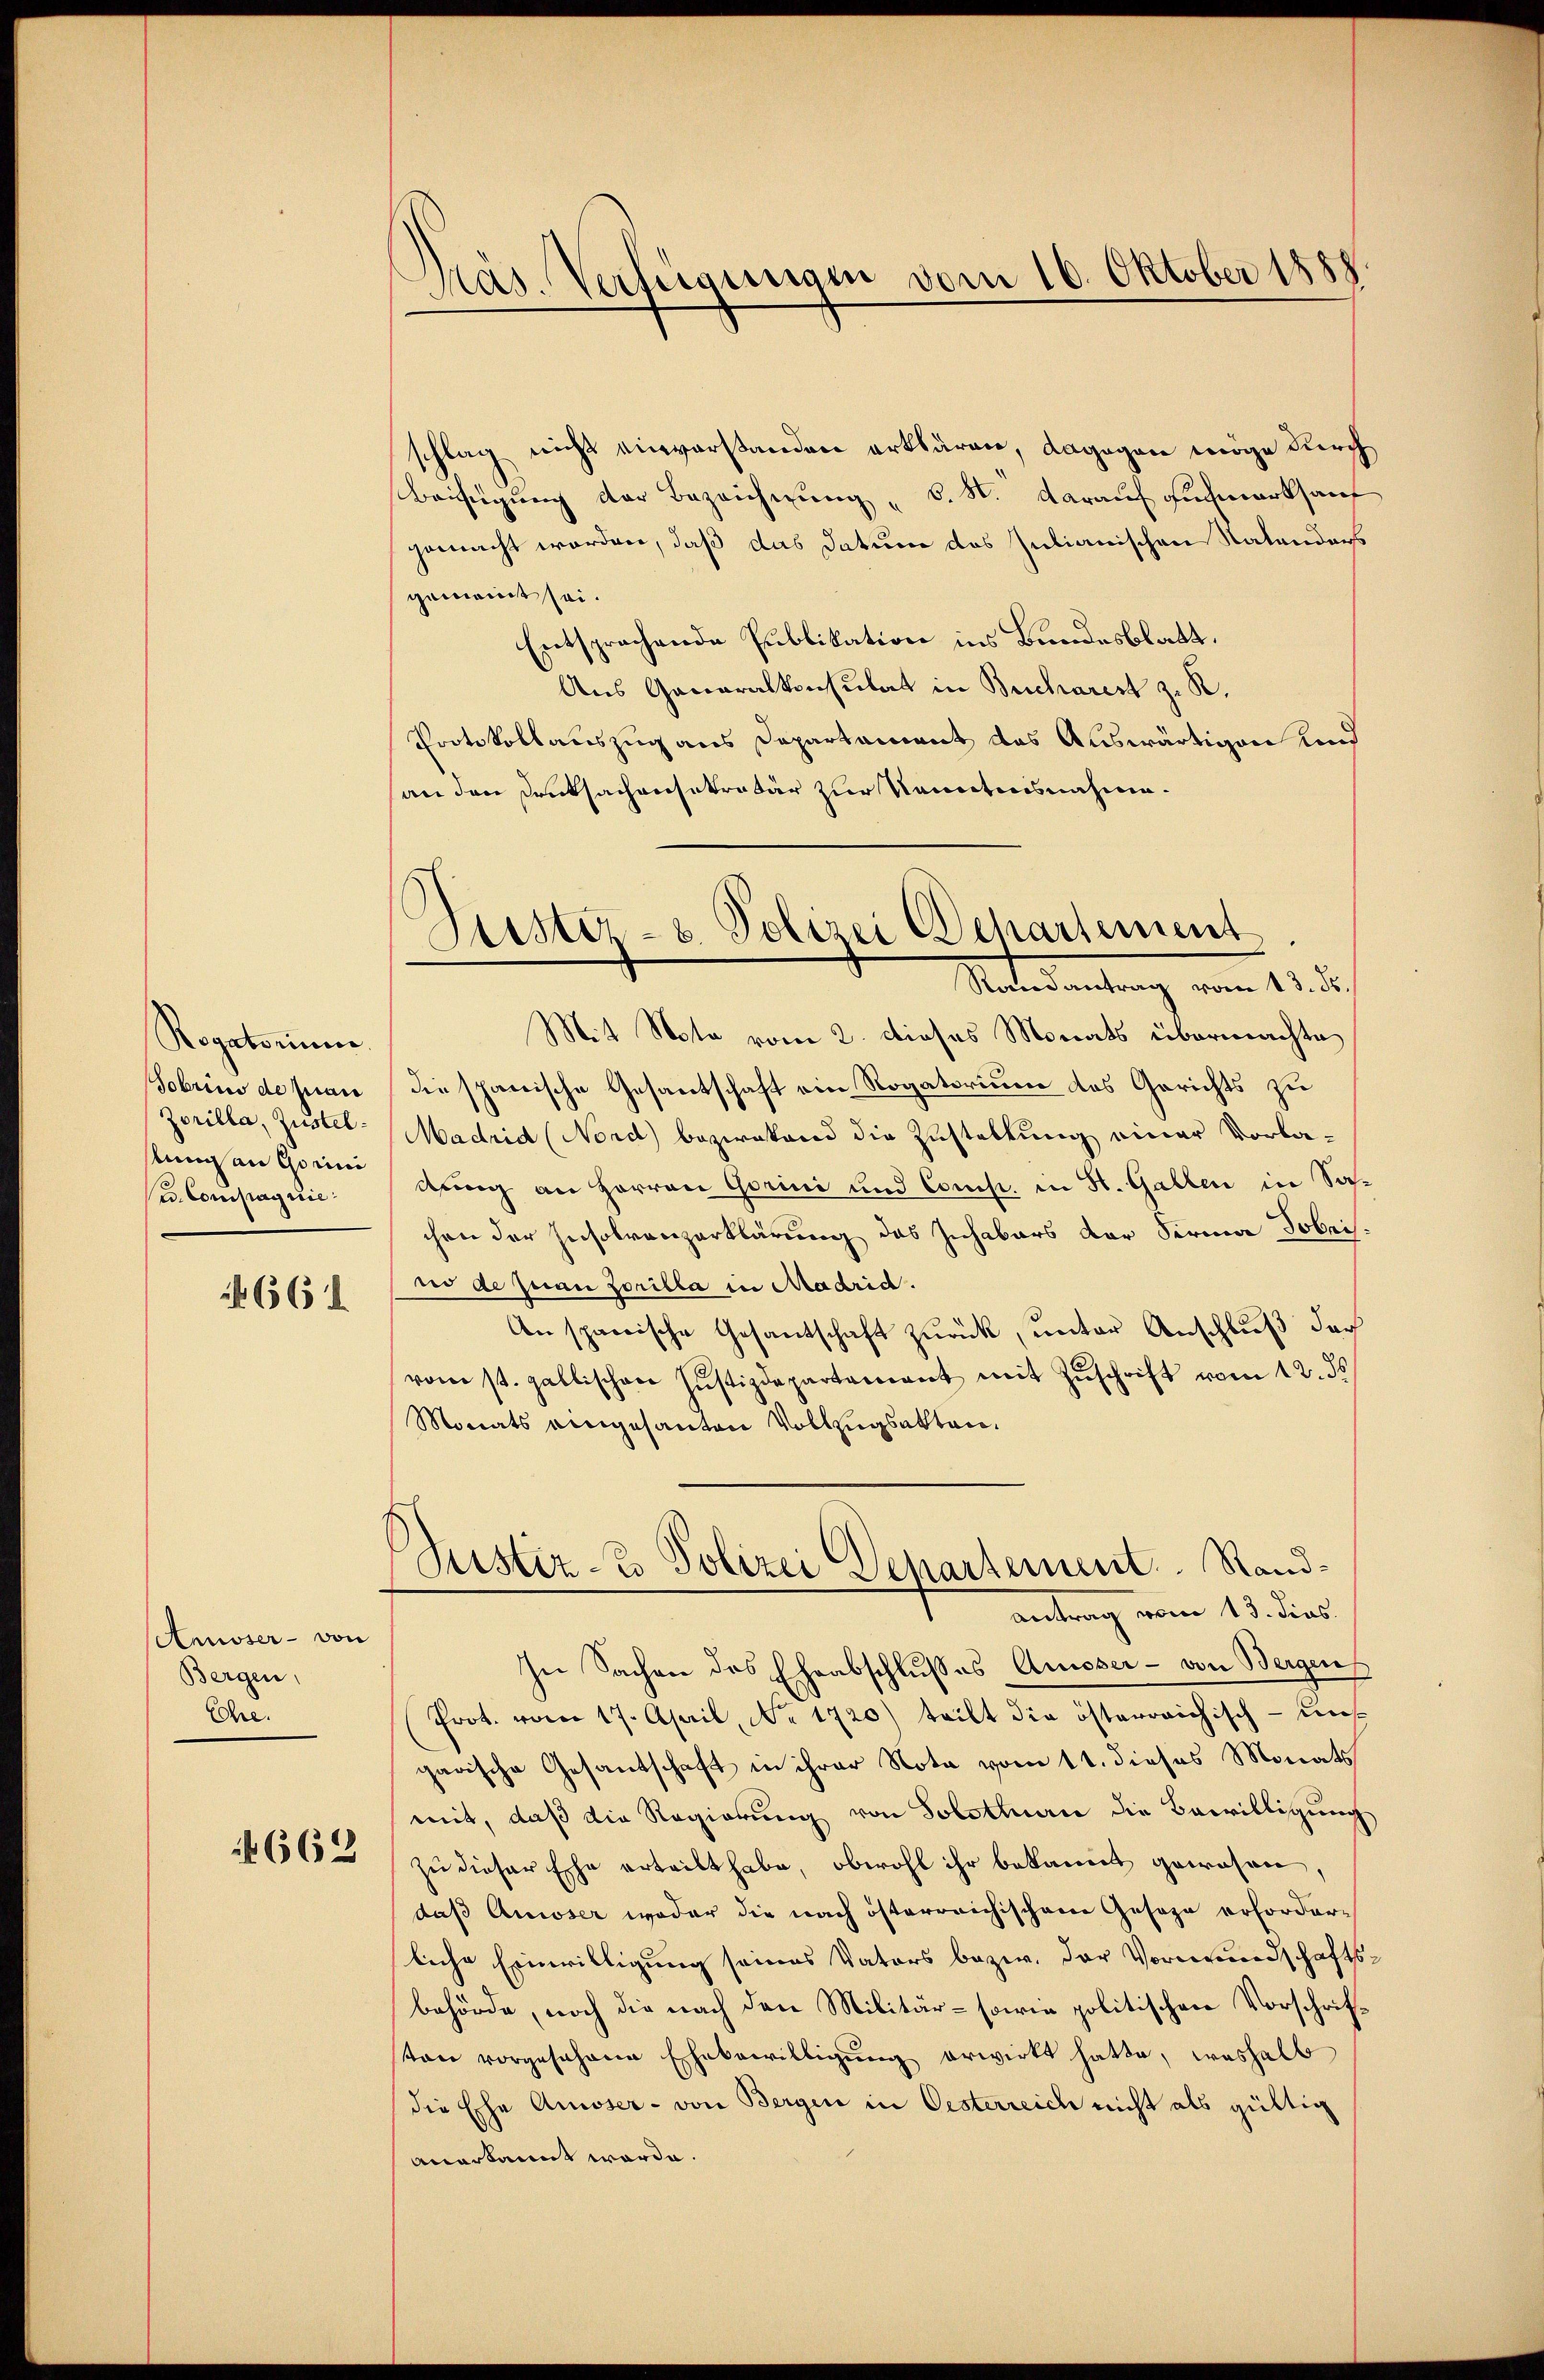
Regatorium
Fobrins de quan
Zorilla, Zustelstum an Gerini
w. Compagnie

656

(Anoser - von
Bergen,
Ehe.

662

Pras. Verfügungen vom 16. Oktober 1888

schlag nicht einverstanden erklären, dagegen möge durch
Beifügung der Bezeichnung „b. S. darauf Fuchmarkhauf
gemacht worden, daß das Datum das Julianischen Ratenders
gemeint sei.
Entsprachende Publikation ins Bundesblatt.
Aus Generalkonsulat in Bucharest z. R.
Protokollauszug aus Departament das Auswärtigen und
an den Deutsachensekretär zur Kenntnisnahme.
MMit Note vom 2. Dieses Monats übermachte
die spanische Gesantschaft ein Rogatorium des Gerichts zu
Madrid (Nord) bezwakand die Zustellung einer Vorladung an Herren Gerini und Comp. in St. Gallen in Sachen der Insolvenzerklärung des Inhabers der Firma Hobri
no de quan horilla in Madrid.
An sparrische Gesantschaft zurück, unter Anschluß der
vom st. gallischen Justizdepartament mit Zŭschrift vom 12. ds
Monats eingesanten Vollzugsakten.
Justiz- & Polizei Departement Randantrag vom 13. dies
se Sachen des Eheabschlußes Ausser - von Bergen
Prot. vom 17. April, No. 1720) teilt die österreichisch-uns
garische Gesandschaft in ihrer Nota vom 11. dieses Monats
mit, daß die Regierung von Solsteuere die Bewilligung
zu dieser Ehe erteilt habe, obwohl ihr bekannt gewesen,
daß Ausser weder die nach österreichischen Geseze erforder-
liche Einwilligung seines Vaters bezw. der Vormundschaftsbehörde, noch die nach den Militär- sowie politischen Vorschrifsten vorgesehene Ehebewilligŭng erwirkt hatte, weshalb
die Ehe Ausser - von Bergin in Oesterreich nicht als gültig
anerkannt werde.

Liester- u. Polizei Departement
Randantrag vom 13. ds.